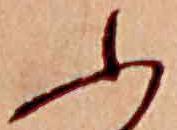
ふ